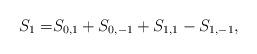
LaTeX: \begin{align*} S_1 =& S_{0, 1}+S_{0,-1}+S_{1, 1}-S_{1,-1},\end{align*}